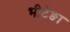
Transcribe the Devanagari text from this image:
भीटेङा